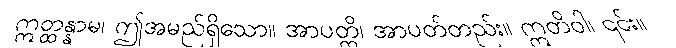
ဣတ္ထန္နာမ၊ ဤအမည်ရှိသော။ အာပတ္တိ၊ အာပတ်တည်း။ ဣတိဝါ၊ ၎င်း။